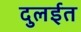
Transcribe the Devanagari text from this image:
दुलईत